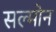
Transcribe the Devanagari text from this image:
सल्मोन